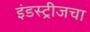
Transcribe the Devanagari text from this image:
इंडस्ट्रीजचा